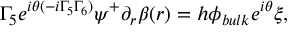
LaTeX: \Gamma _ { 5 } e ^ { i \theta ( - i \Gamma _ { 5 } \Gamma _ { 6 } ) } \psi ^ { + } \partial _ { r } \beta ( r ) = h \phi _ { b u l k } e ^ { i \theta } \xi ,